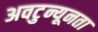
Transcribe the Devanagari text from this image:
अवटुन्यूनता